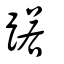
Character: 蹃